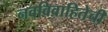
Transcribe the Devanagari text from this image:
नवविवाहितेची